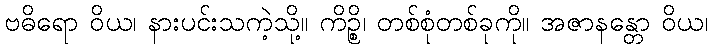
ဗဓိရော ဝိယ၊ နားပင်းသကဲ့သို့။ ကိဉ္စိ၊ တစ်စုံတစ်ခုကို။ အဇာနန္တော ဝိယ၊